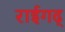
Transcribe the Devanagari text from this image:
राईगढ्